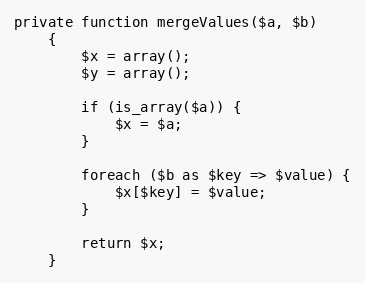
Language: PHP
private function mergeValues($a, $b)
    {
        $x = array();
        $y = array();

        if (is_array($a)) {
            $x = $a;
        }

        foreach ($b as $key => $value) {
            $x[$key] = $value;
        }

        return $x;
    }